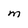
Character: M